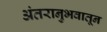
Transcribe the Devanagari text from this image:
अंतरानुभवातून